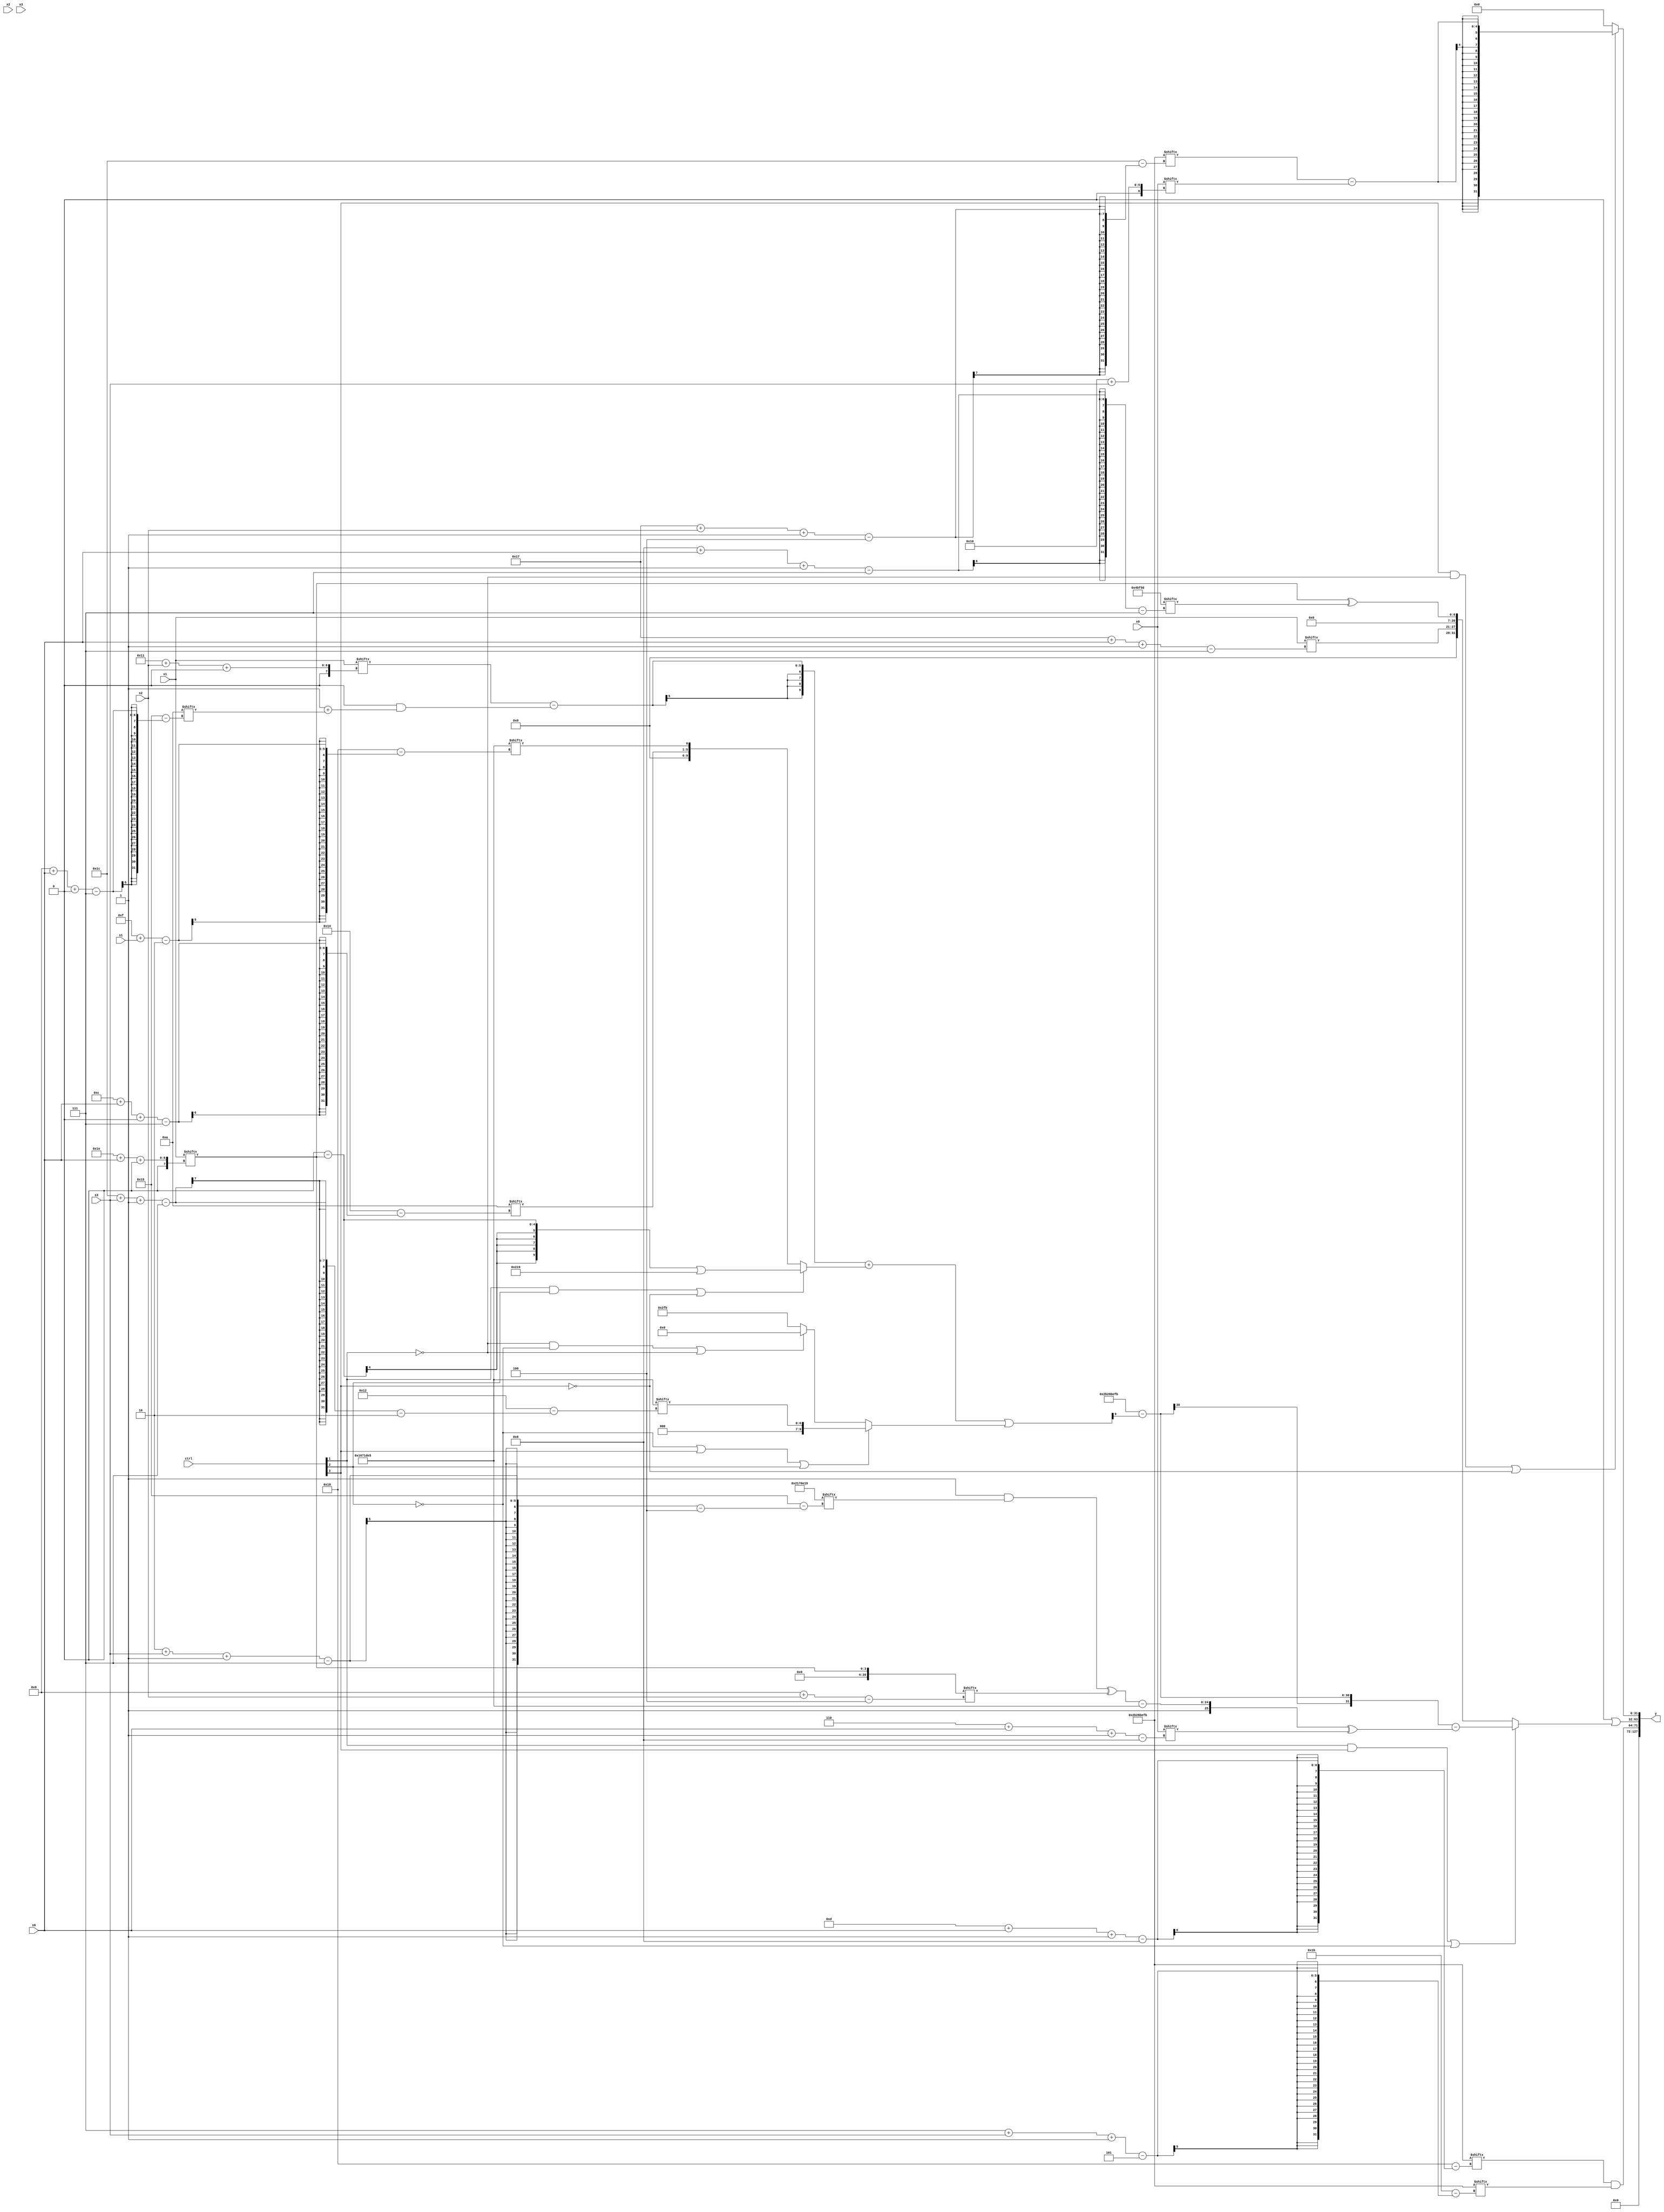
module partsel_00590(ctrl, s0, s1, s2, s3, x0, x1, x2, x3, y);
  input [3:0] ctrl;
  input [2:0] s0;
  input [2:0] s1;
  input [2:0] s2;
  input [2:0] s3;
  input [31:0] x0;
  input signed [31:0] x1;
  input signed [31:0] x2;
  input [31:0] x3;
  wire [24:4] x4;
  wire signed [7:28] x5;
  wire signed [7:31] x6;
  wire signed [1:29] x7;
  wire signed [0:24] x8;
  wire signed [27:4] x9;
  wire signed [28:7] x10;
  wire [0:24] x11;
  wire signed [25:0] x12;
  wire signed [29:2] x13;
  wire [5:24] x14;
  wire [25:4] x15;
  output [127:0] y;
  wire signed [31:0] y0;
  wire [31:0] y1;
  wire signed [31:0] y2;
  wire [31:0] y3;
  assign y = {y0,y1,y2,y3};
  localparam [0:31] p0 = 723959547;
  localparam signed [2:26] p1 = 761732581;
  localparam [25:7] p2 = 209502032;
  localparam [4:31] p3 = 35065369;
  assign x4 = x1[30 + s0 +: 4];
  assign x5 = p0[7 + s3 -: 5];
  assign x6 = {2{p3[12 -: 2]}};
  assign x7 = (p3[12 +: 2] - p2[22]);
  assign x8 = x1[17 + s2 +: 3];
  assign x9 = p0;
  assign x10 = x6[28 + s3 +: 7];
  assign x11 = {{2{p1[17 + s1]}}, p3[1 + s2 -: 1]};
  assign x12 = {2{{2{x4[15 -: 3]}}}};
  assign x13 = (({2{({2{x8}} - {p1, ((p2[9] & (p3 - p0)) & (p3[11] + x6[9 + s0 +: 4]))})}} + {2{(ctrl[1] && ctrl[2] || !ctrl[3] ? (((p1[12 -: 1] & p3[17 +: 4]) - x4) | p3) : {x6[12 + s0 +: 5], p1[15 + s1]})}}) | {p3[8], (!ctrl[2] || ctrl[3] || ctrl[2] ? p1[28 + s3 -: 7] : (!ctrl[1] && !ctrl[2] || !ctrl[1] ? x8[15 -: 2] : p0))});
  assign x14 = ((!ctrl[1] && ctrl[3] && ctrl[3] ? x2[17 +: 3] : p0[11 + s2 -: 2]) | x11);
  assign x15 = p1;
  assign y0 = {2{x12}};
  assign y1 = (p0[13 + s0 -: 8] & x5);
  assign y2 = (x12 | (ctrl[1] && ctrl[3] || !ctrl[2] ? (((p0[8] | (x6[15 -: 4] | p0)) - (x12[18 -: 2] ^ x13[11 +: 1])) - ({p0[10], (((p3[15] & p3[2 + s3 -: 7]) ^ x4[9 + s2]) - p1)} ^ x0[6 + s0 -: 8])) : {x1[23 + s0 -: 7], (x4 ^ p2[8 + s0 -: 7])}));
  assign y3 = (ctrl[3] && !ctrl[1] || !ctrl[3] ? (p0[23 + s2 -: 4] - x0[16 + s3]) : x8[15 -: 4]);
endmodule